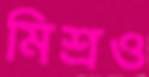
মিশ্রও